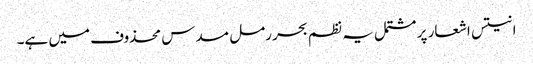
انتیس اشعار پر مشتمل یہ نظم بحر رمل مسدس محذوف میں ہے۔